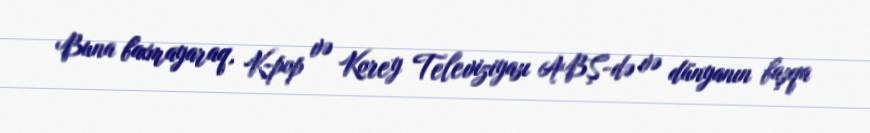
Buna baxmayaraq, K-pop və Korey Televiziyası ABŞ-də və dünyanın başqa